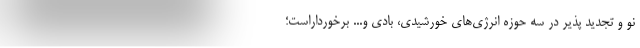
نو و تجدید پذیر در سه حوزه انرژی‌های خورشیدی، بادی و... برخورداراست؛